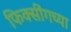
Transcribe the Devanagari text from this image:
फिक्सींगच्या